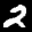
Label: 2